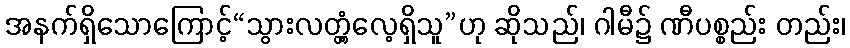
အနက်ရှိသောကြောင့်“သွားလတ္တံ့လေ့ရှိသူ”ဟု ဆိုသည်၊ ဂါမီ၌ ဏီပစ္စည်း တည်း၊